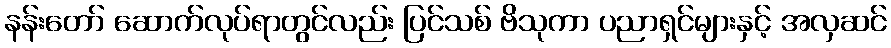
နန်းတော် ဆောက်လုပ်ရာတွင်လည်း ပြင်သစ် ဗိသုကာ ပညာရှင်များနှင့် အလှဆင်